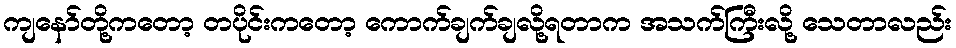
ကျနော်တို့ကတော့ တပိုင်းကတော့ ကောက်ချက်ချလို့ရတာက အသက်ကြီးလို့ သေတာလည်း